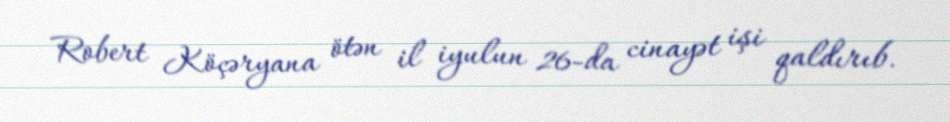
Robert Köçəryana ötən il iyulun 26-da cinayət işi qaldırıb.